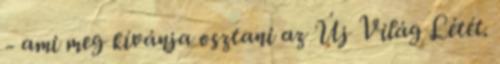
- ami meg kívánja osztani az Új Világ Létét.